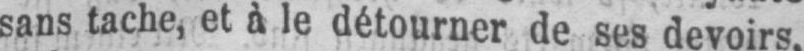
sans tache, et à le détourner de ses devoirs